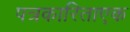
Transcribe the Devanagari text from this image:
पत्रकारिताएक